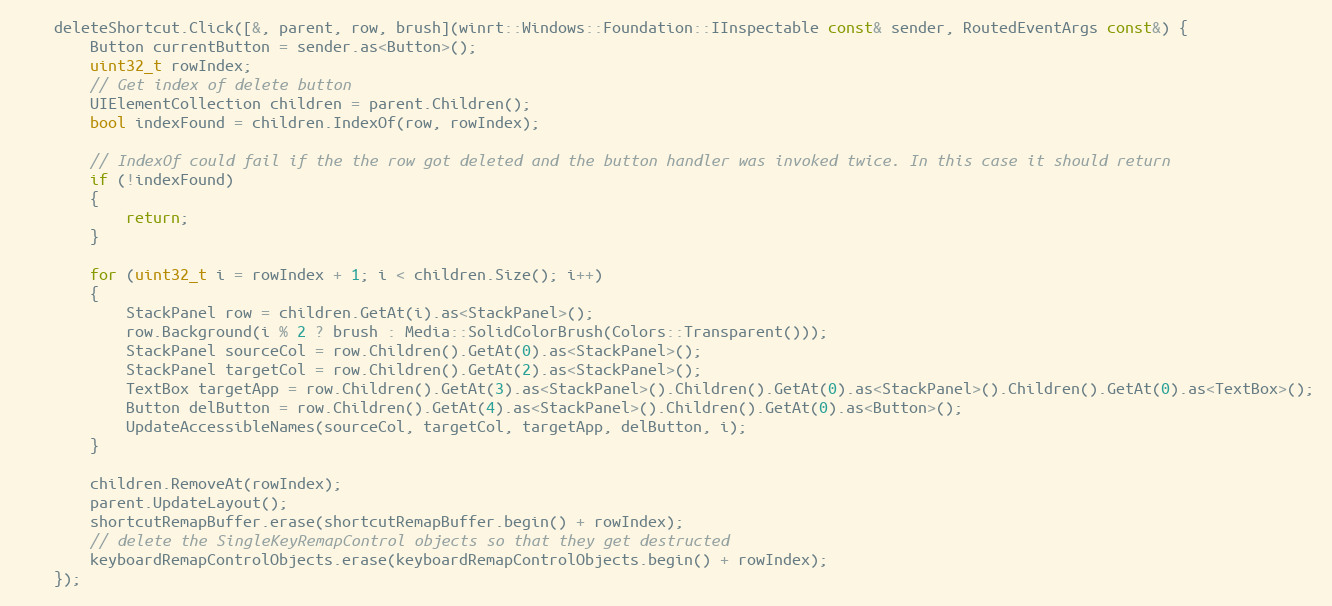
Language: C++
    deleteShortcut.Click([&, parent, row, brush](winrt::Windows::Foundation::IInspectable const& sender, RoutedEventArgs const&) {
        Button currentButton = sender.as<Button>();
        uint32_t rowIndex;
        // Get index of delete button
        UIElementCollection children = parent.Children();
        bool indexFound = children.IndexOf(row, rowIndex);

        // IndexOf could fail if the the row got deleted and the button handler was invoked twice. In this case it should return
        if (!indexFound)
        {
            return;
        }

        for (uint32_t i = rowIndex + 1; i < children.Size(); i++)
        {
            StackPanel row = children.GetAt(i).as<StackPanel>();
            row.Background(i % 2 ? brush : Media::SolidColorBrush(Colors::Transparent()));
            StackPanel sourceCol = row.Children().GetAt(0).as<StackPanel>();
            StackPanel targetCol = row.Children().GetAt(2).as<StackPanel>();
            TextBox targetApp = row.Children().GetAt(3).as<StackPanel>().Children().GetAt(0).as<StackPanel>().Children().GetAt(0).as<TextBox>();
            Button delButton = row.Children().GetAt(4).as<StackPanel>().Children().GetAt(0).as<Button>();
            UpdateAccessibleNames(sourceCol, targetCol, targetApp, delButton, i);
        }

        children.RemoveAt(rowIndex);
        parent.UpdateLayout();
        shortcutRemapBuffer.erase(shortcutRemapBuffer.begin() + rowIndex);
        // delete the SingleKeyRemapControl objects so that they get destructed
        keyboardRemapControlObjects.erase(keyboardRemapControlObjects.begin() + rowIndex);
    });